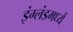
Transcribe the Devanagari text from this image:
इंग्लंडमध्यें